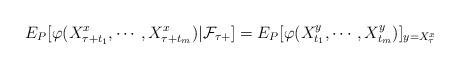
LaTeX: \begin{align*}{{E}}_P[\varphi(X_{\tau+t_1}^x,\cdots,X_{\tau+t_m}^x)|\mathcal{F}_{{\tau+}}]={{E}}_P[\varphi(X_{t_1}^y,\cdots,X_{t_m}^y)]_{y=X_\tau^x}\end{align*}